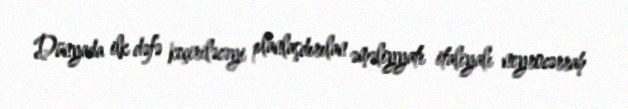
Dünyada ilk dəfə keçiriləcəyi planlaşdırılan əməliyyatı italiyalı neyrocərrah